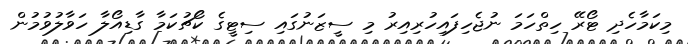
މިކަމާހެދި ޓޯރޭ ހިތްހަމަ ނުޖެހިފައިހުރިއިރު މި ސީޒަނުގައި ސިޓީގެ ކޯޗުކަމާ ގާޑިއޯލާ ހަވާލުވުމުން